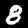
Label: 8